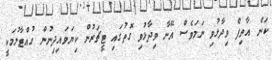
ކަން އާތިފް ވިދާޅުވި ނަމަވެސް އޭނާ ވިދާޅުވި ގޮތުގައި ޓީޗަރުން ކިޔަވައިދިނުން ހުއްޓާލުމަކީ